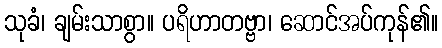
သုခံ၊ ချမ်းသာစွာ။ ပရိဟာတဗ္ဗာ၊ ဆောင်အပ်ကုန်၏။